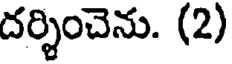
దర్శించెను. (2)